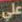
علي